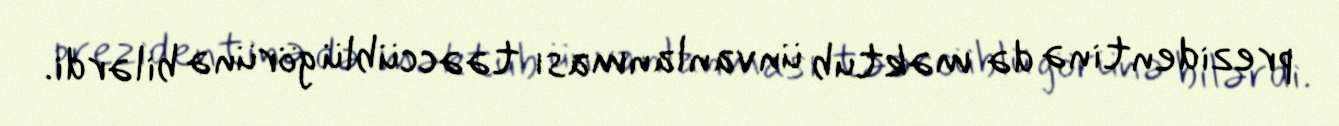
prezidentinə də məktub ünvanlanması təəccüblü görünə bilərdi.